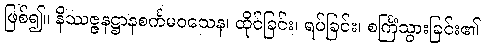
ဖြစ်၍။ နိဿဇ္ဇနဋ္ဌာနစင်္ကမဝသေန၊ ထိုင်ခြင်း၊ ရပ်ခြင်း၊ စင်္ကြံသွားခြင်း၏